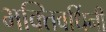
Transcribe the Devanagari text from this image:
भक्तिवर्धिनी